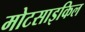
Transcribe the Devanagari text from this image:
मोटसाइकिल